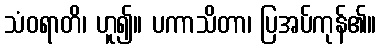
သံဝရာတိ၊ ဟူ၍။ ပကာသိတာ၊ ပြအပ်ကုန်၏။